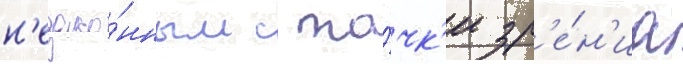
н'езако́нным с то́чк'и зр'е́н'иа